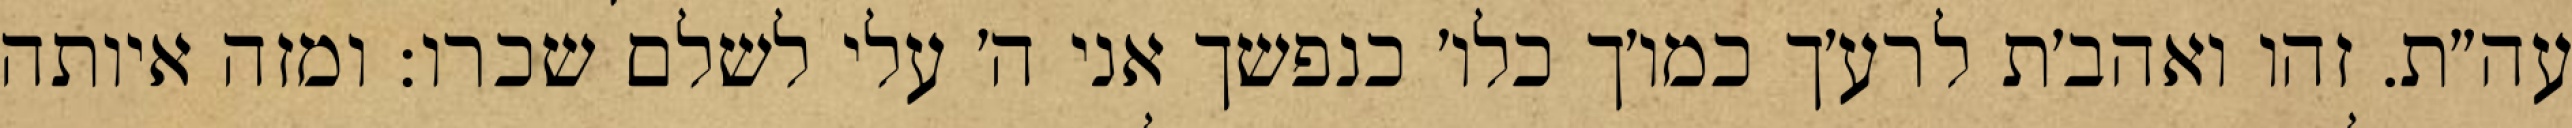
עה״ת. זהו ואהב׳ת לרע׳ך כמו׳ך כלו׳ כנפשך אני ה׳ עלי לשלם שכרו: ומזה איותה